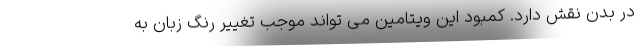
در بدن نقش دارد. کمبود این ویتامین می تواند موجب تغییر رنگ زبان به